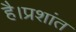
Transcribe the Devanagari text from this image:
है।प्रशांत